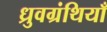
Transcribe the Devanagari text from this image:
ध्रुवग्रंथियाँ